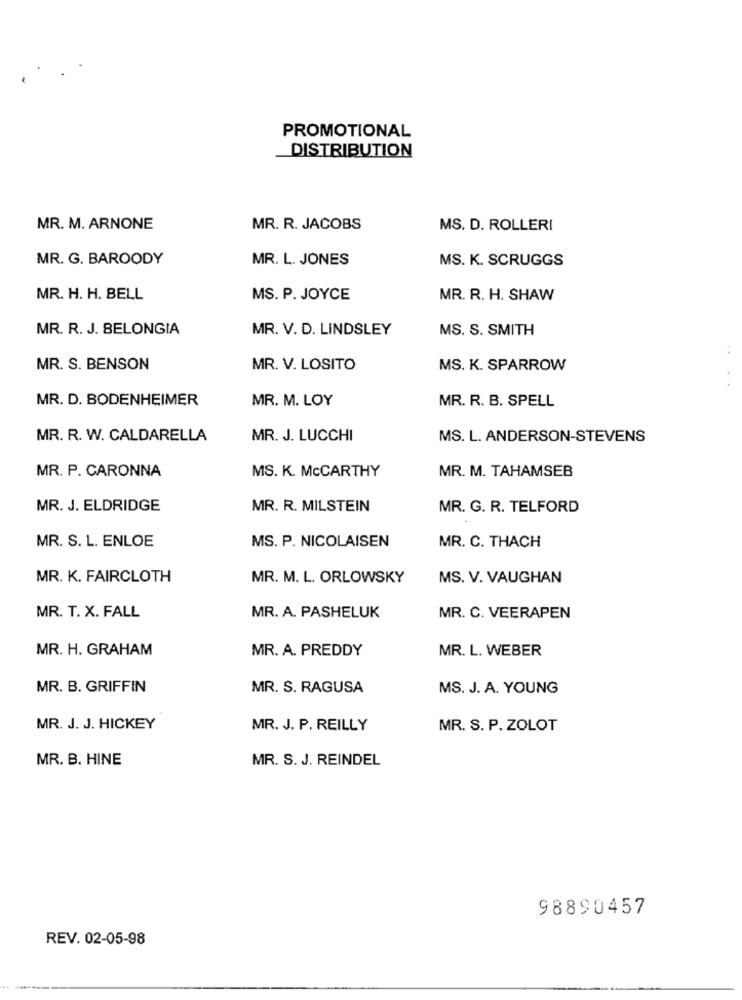
PROMOTIONAL
DISTRIBUTION
MR. M. ARNONE
MR. R. JACOBS
MS. D. ROLLERI
MR. G. BAROODY
MR. L. JONES
MS. K. SCRUGGS
MR. H. H. BELL
MS. P. JOYCE
MR. R. H. SHAW
MR. R. J. BELONGIA
MR. V. D. LINDSLEY
MS. S. SMITH
MR. S. BENSON
MR. V. LOSITO
MS. K. SPARROW
MR. D. BODENHEIMER
MR. M. LOY
MR. R. B. SPELL
MR. R. W. CALDARELLA
MR. J. LUCCHI
MS. L. ANDERSON-STEVENS
MR. P. CARONNA
MS. K. MCCARTHY
MR. M. TAHAMSEB
MR. J. ELDRIDGE
MR. R. MILSTEIN
MR. G. R. TELFORD
MS. P. NICOLAISEN
MR. C. THACH
MR. S. L. ENLOE
MR. K. FAIRCLOTH
MR. M. L. ORLOWSKY
MS. V. VAUGHAN
MR. T. X. FALL
MR. A. PASHELUK
MR. C. VEERAPEN
MR. H. GRAHAM
MR. A. PREDDY
MR. L. WEBER
MR. B. GRIFFIN
MR. S. RAGUSA
MS. J. A. YOUNG
MR. J. J. HICKEY
MR. J. P. REILLY
MR. S. P. ZOLOT
MR. B. HINE
MR. S. J. REINDEL
98890457
REV. 02-05-98